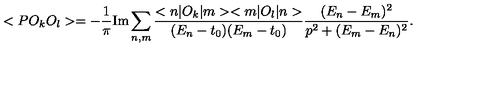
< P O _ { k } O _ { l } > = \nonumber - \frac { 1 } { \pi } \mathrm { I m } \sum _ { n , m } \frac { < n | O _ { k } | m > < m | O _ { l } | n > } { ( E _ { n } - t _ { 0 } ) ( E _ { m } - t _ { 0 } ) } \frac { ( E _ { n } - E _ { m } ) ^ { 2 } } { p ^ { 2 } + ( E _ { m } - E _ { n } ) ^ { 2 } } .